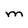
Character: M